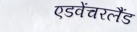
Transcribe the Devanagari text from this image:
एडवेंचरलैंड